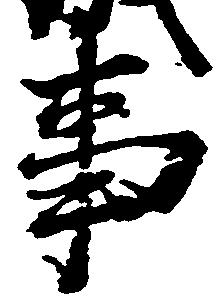
事